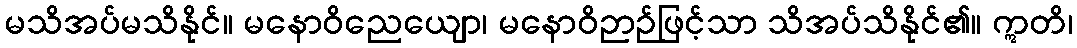
မသိအပ်မသိနိုင်။ မနောဝိညေယျော၊ မနောဝိဉာဉ်ဖြင့်သာ သိအပ်သိနိုင်၏။ ဣတိ၊